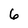
Character: 6